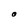
Character: O